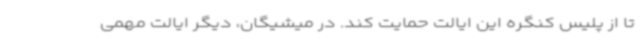
تا از پلیس کنگره این ایالت حمایت کند. در میشیگان، دیگر ایالت مهمی